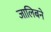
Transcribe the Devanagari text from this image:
जालिबने